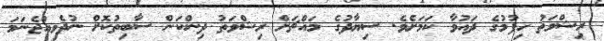
ރިޝްވަތު ހިފުމުގެ ދައުވާ ކަމަށެވެ. ސިޔާދުގެ މައްޗަށް ރިޝްވަތު ދިންކަން ސާބިތުކޮށް ނުދެވިއްުޖެނަމަ